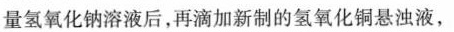
适量氢氧化钠溶液后，再滴加新制的氢氧化铜悬浊液，